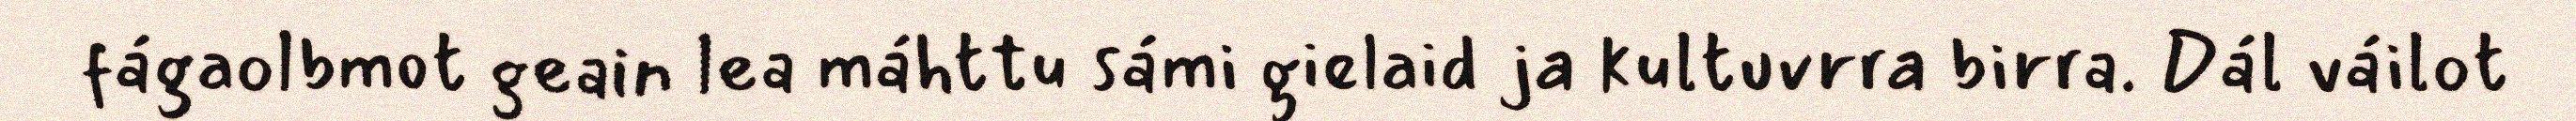
fágaolbmot geain lea máhttu sámi gielaid ja kultuvrra birra. Dál váilot